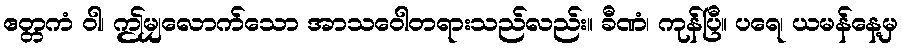
ဧတ္တကံ ဝါ၊ ဤမျှလောက်သော အာသဝေါတရားသည်လည်း။ ခီဏံ၊ ကုန်ပြီ။ ပရေ၊ ယမန်နေ့မှ